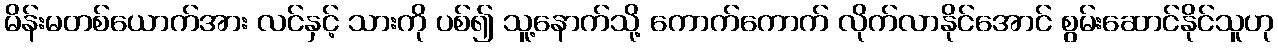
မိန်းမတစ်ယောက်အား လင်နှင့် သားကို ပစ်၍ သူ့နောက်သို့ ကောက်ကောက် လိုက်လာနိုင်အောင် စွမ်းဆောင်နိုင်သူဟု